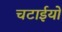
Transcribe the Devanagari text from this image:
चटाईयों